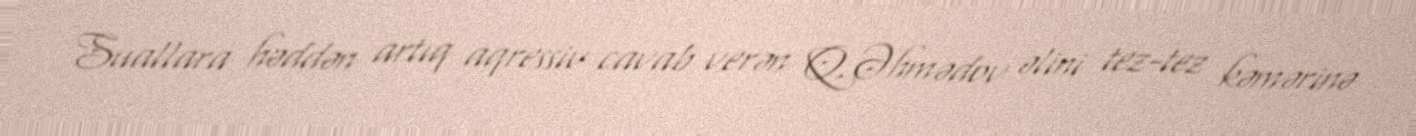
Suallara həddən artıq aqressiv cavab verən Q.Əhmədov əlini tez-tez kəmərinə